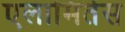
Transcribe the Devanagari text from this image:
एलामितेस